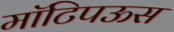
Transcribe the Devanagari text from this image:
मॉटिपऊस